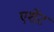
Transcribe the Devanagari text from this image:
एशेंट